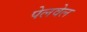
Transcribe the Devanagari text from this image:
पेलवेल